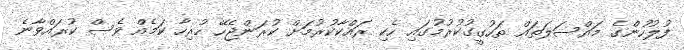
ފުލުހުންގެ މައްސަލަތައް ތަހުގީގުކުރުމުގައި ހެކި ރައްކާކުރުމަށް ކުރަންޖެހޭ ހުރިހާ ކަމެއް ވެސް ކުރައްވާނެ